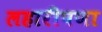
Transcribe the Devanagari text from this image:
लहारीपणा